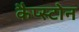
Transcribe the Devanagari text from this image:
कैप्स्टोन